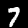
Label: 7